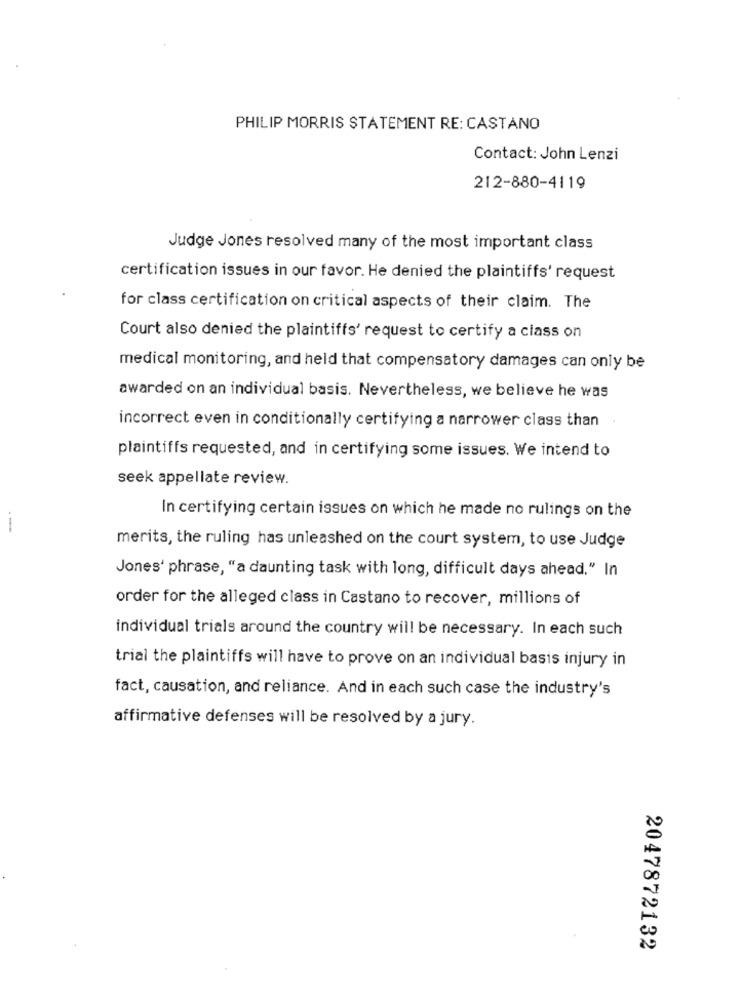
PHILIP MORRIS STATEMENT RE: CASTANO
Contact: John Lenzi
212-880-4119
Judge Jones resolved many of the most important class
certification issues in our favor. He denied the plaintiffs' request
for class certification on critical aspects of their claim. The
Court also denied the plaintiffs' request to certify a class on
medical monitoring, and held that compensatory damages can only be
awarded on an individual basis. Nevertheless, we believe he was
incorrect even in conditionally certifying a narrower class than
plaintiffs requested, and in certifying some issues. We intend to
seek appellate review.
In certifying certain issues on which he made no rulings on the
--
merits, the ruling has unleashed on the court system, to use Judge
Jones' phrase, "a daunting task with long, difficult days ahead." In
order for the alleged class in Castano to recover, millions of
individual trials around the country will be necessary. In each such
trial the plaintiffs will have to prove on an individual basis injury in
fact, causation, and reliance. And in each such case the industry's
affirmative defenses will be resolved by a jury.
2047872132